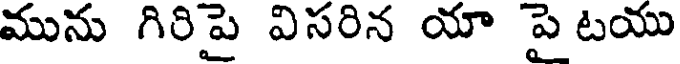
మును గిరిపై విసరిన యా పై టయు